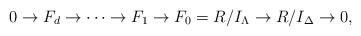
LaTeX: \begin{align*}0 \to F_{d} \to \cdots \to F_1 \to F_0 = R/I_{\Lambda} \to R/I_{\Delta} \to 0, \end{align*}